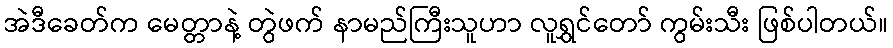
အဲဒီခေတ်က မေတ္တာနဲ့ တွဲဖက် နာမည်ကြီးသူဟာ လူရွှင်တော် ကွမ်းသီး ဖြစ်ပါတယ်။